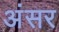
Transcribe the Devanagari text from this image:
अंसर